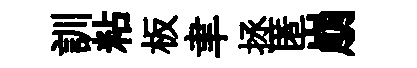
訓粘板聿拯匿崩